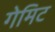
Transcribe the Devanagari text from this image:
गेमिट